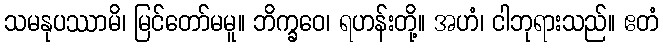
သမနုပဿာမိ၊ မြင်တော်မမူ။ ဘိက္ခဝေ၊ ရဟန်းတို့။ အဟံ၊ ငါဘုရားသည်။ ဧတံ